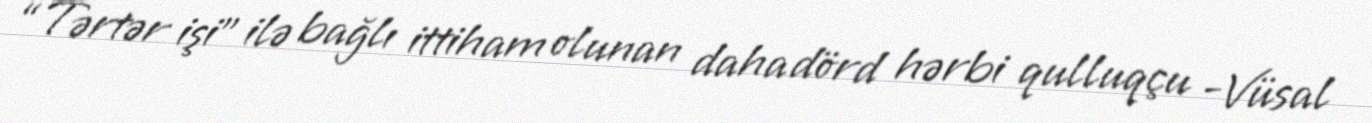
“Tərtər işi” ilə bağlı ittiham olunan daha dörd hərbi qulluqçu -Vüsal